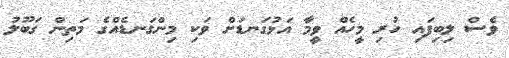
ވެސް ލިބިފައި ހުރި މީހެއް ވީމާ އަޅުގަނޑަށް ވަކި މިންގަނޑެއްގެ މަތިން ގަބޫލު